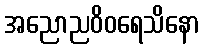
အညောညဝိဝရေသိနော